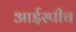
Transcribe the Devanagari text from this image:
आईस्पीच